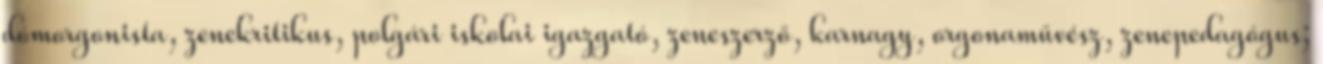
dómorgonista, zenekritikus, polgári iskolai igazgató, zeneszerző, karnagy, orgonaművész, zenepedagógus;